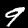
Digit: 9